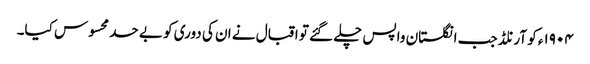
١٩٠۴ء کو آرنلڈ جب انگلستان واپس چلے گئے تو اقبال نے ان کی دوری کو بے حد محسوس کیا۔